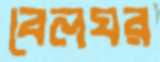
বেলঘর